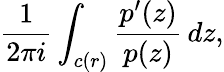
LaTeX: {\frac{1}{2\pi i}}\int_{c(r)}{\frac{p^{\prime}(z)}{p(z)}}\, dz,